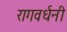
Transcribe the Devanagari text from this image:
रागवर्धनी